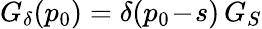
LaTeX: G_{\delta}(p_{0})=\delta(p_{0}\! -\! s)\, G_{S}